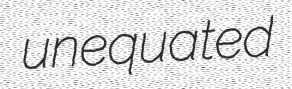
unequated